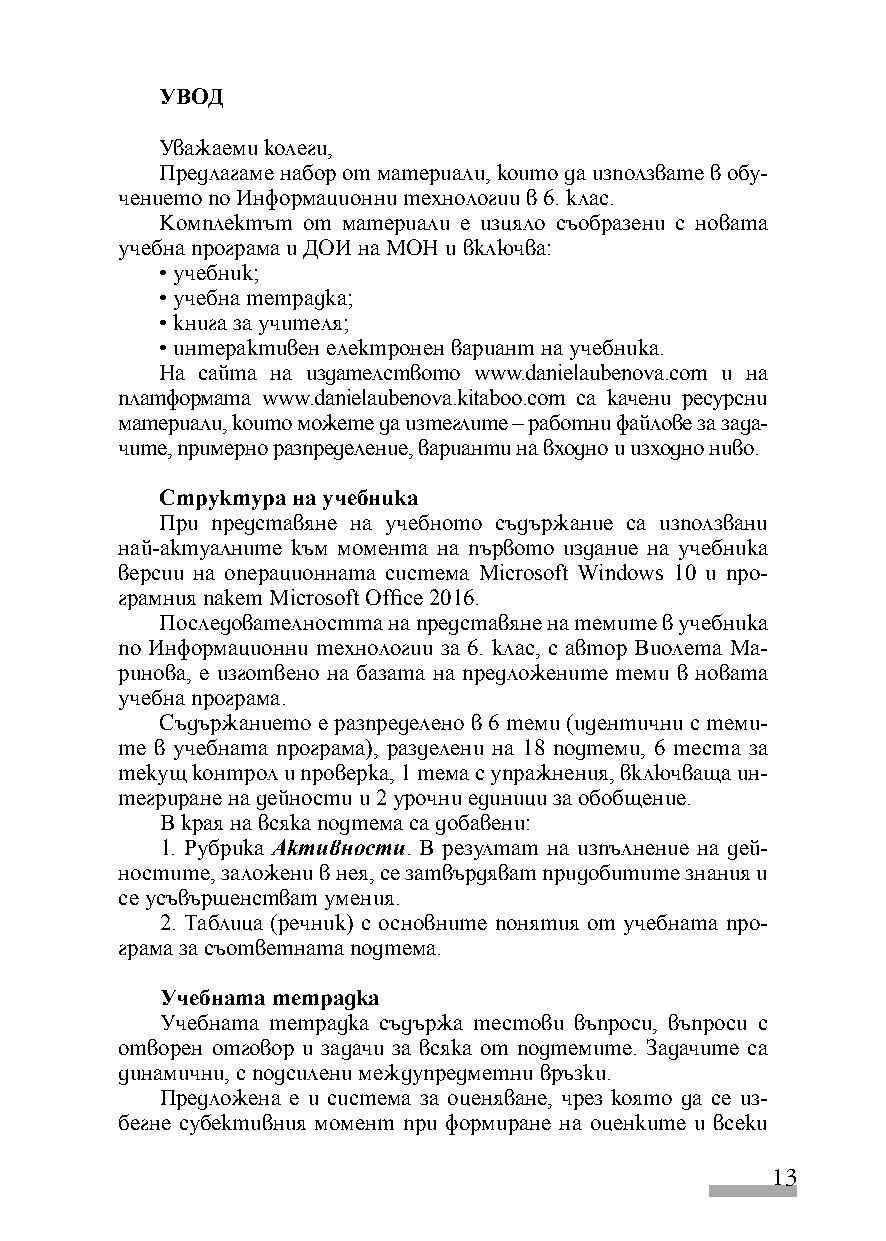
УВОД
 Уважаеми колеги,
 Предлагаме набор от материали, които да използвате в обу-
 чението по Информационни технологии в 6. клас.
 Kомплектът от материали е изцяло съобразени с новата
 учебна програма и ДОИ на МОН и включва:
 • учебник;
 • учебна тетрадка;
 • книга за учителя;
 • интерактивен електронен вариант на учебника.
 На сайта на издателството www.danielaubenova.com и на
 платформата www.danielaubenova.kitaboo.com са качени ресурсни
 материали, които можете да изтеглите – работни файлове за зада-
 чите, примерно разпределение, варианти на входно и изходно ниво.
 Структура на учебника
 При представяне на учебното съдържание са използвани
 най-актуалните към момента на първото издание на учебника
 версии на операционната система Microsoft Windows 10 и про-
 грамния пакет Microsoft Office 2016.
 Последователността на представяне на темите в учебника
 по Информационни технологии за 6. клас, с автор Виолета Ма-
 ринова, е изготвено на базата на предложените теми в новата
 учебна програма.
 Съдържанието е разпределено в 6 теми (идентични с теми-
 те в учебната програма), разделени на 18 подтеми, 6 теста за
 текущ контрол и проверка, 1 тема с упражнения, включваща ин-
 тегриране на дейности и 2 урочни единици за обобщение.
 В края на всяка подтема са добавени:
 1. Рубрика Активности. В резултат на изпълнение на дей-
 ностите, заложени в нея, се затвърдяват придобитите знания и
 се усъвършенстват умения.
 2. Таблица (речник) с основните понятия от учебната про-
 грама за съответната подтема.
 Учебната тетрадка
 Учебната тетрадка съдържа тестови въпроси, въпроси с
 отворен отговор и задачи за всяка от подтемите. Задачите са
 динамични, с подсилени междупредметни връзки.
 Предложена е и система за оценяване, чрез която да се из-
 бегне субективния момент при формиране на оценките и всеки
 13